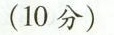
(10分)